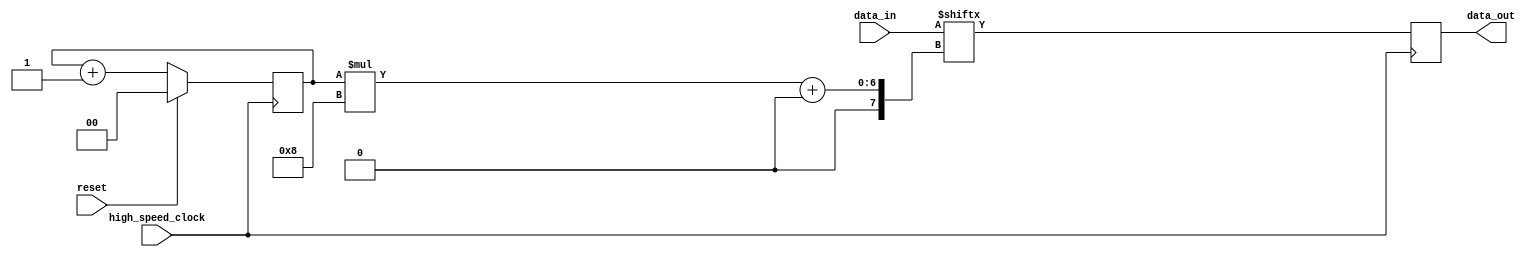
module serializer 
#(
	parameter D = 8,  // data bitwidth
	parameter S = 4,  // serialization ratio
	parameter INITIAL_S = 0  // initial serialization ratio, defaults to 0
)
(
	input reset,
	input high_speed_clock,
	input [D*S-1:0] data_in,
	output reg [D-1:0] data_out
);

reg [$clog2(S)-1:0] serialization_ratio;

always @(posedge high_speed_clock)
begin
	if(reset) serialization_ratio <= INITIAL_S;

	else serialization_ratio <= serialization_ratio + 1;
end

always @(posedge high_speed_clock)
begin
	data_out <= data_in[serialization_ratio*D +: D];
end

endmodule